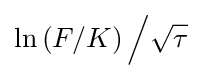
\ln \left(F/K\right){\Big /}{\sqrt {\tau }}